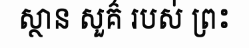
ស្ថាន សួគ៌ របស់ ព្រះ